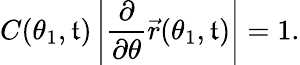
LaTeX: C(\theta_{1},\mathfrak{t})\left|\frac{{\partial}}{{\partial\theta}}\vec{{r}}(\theta_{1},\mathfrak{t})\right|=1.